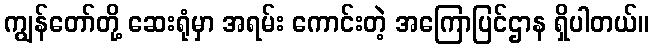
ကျွန်တော်တို့ ဆေးရုံမှာ အရမ်း ကောင်းတဲ့ အကြောပြင်ဌာန ရှိပါတယ်။